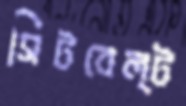
সিটবেল্ট